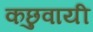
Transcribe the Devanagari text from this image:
कछुवायी